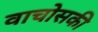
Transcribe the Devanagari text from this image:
वाचोसकी